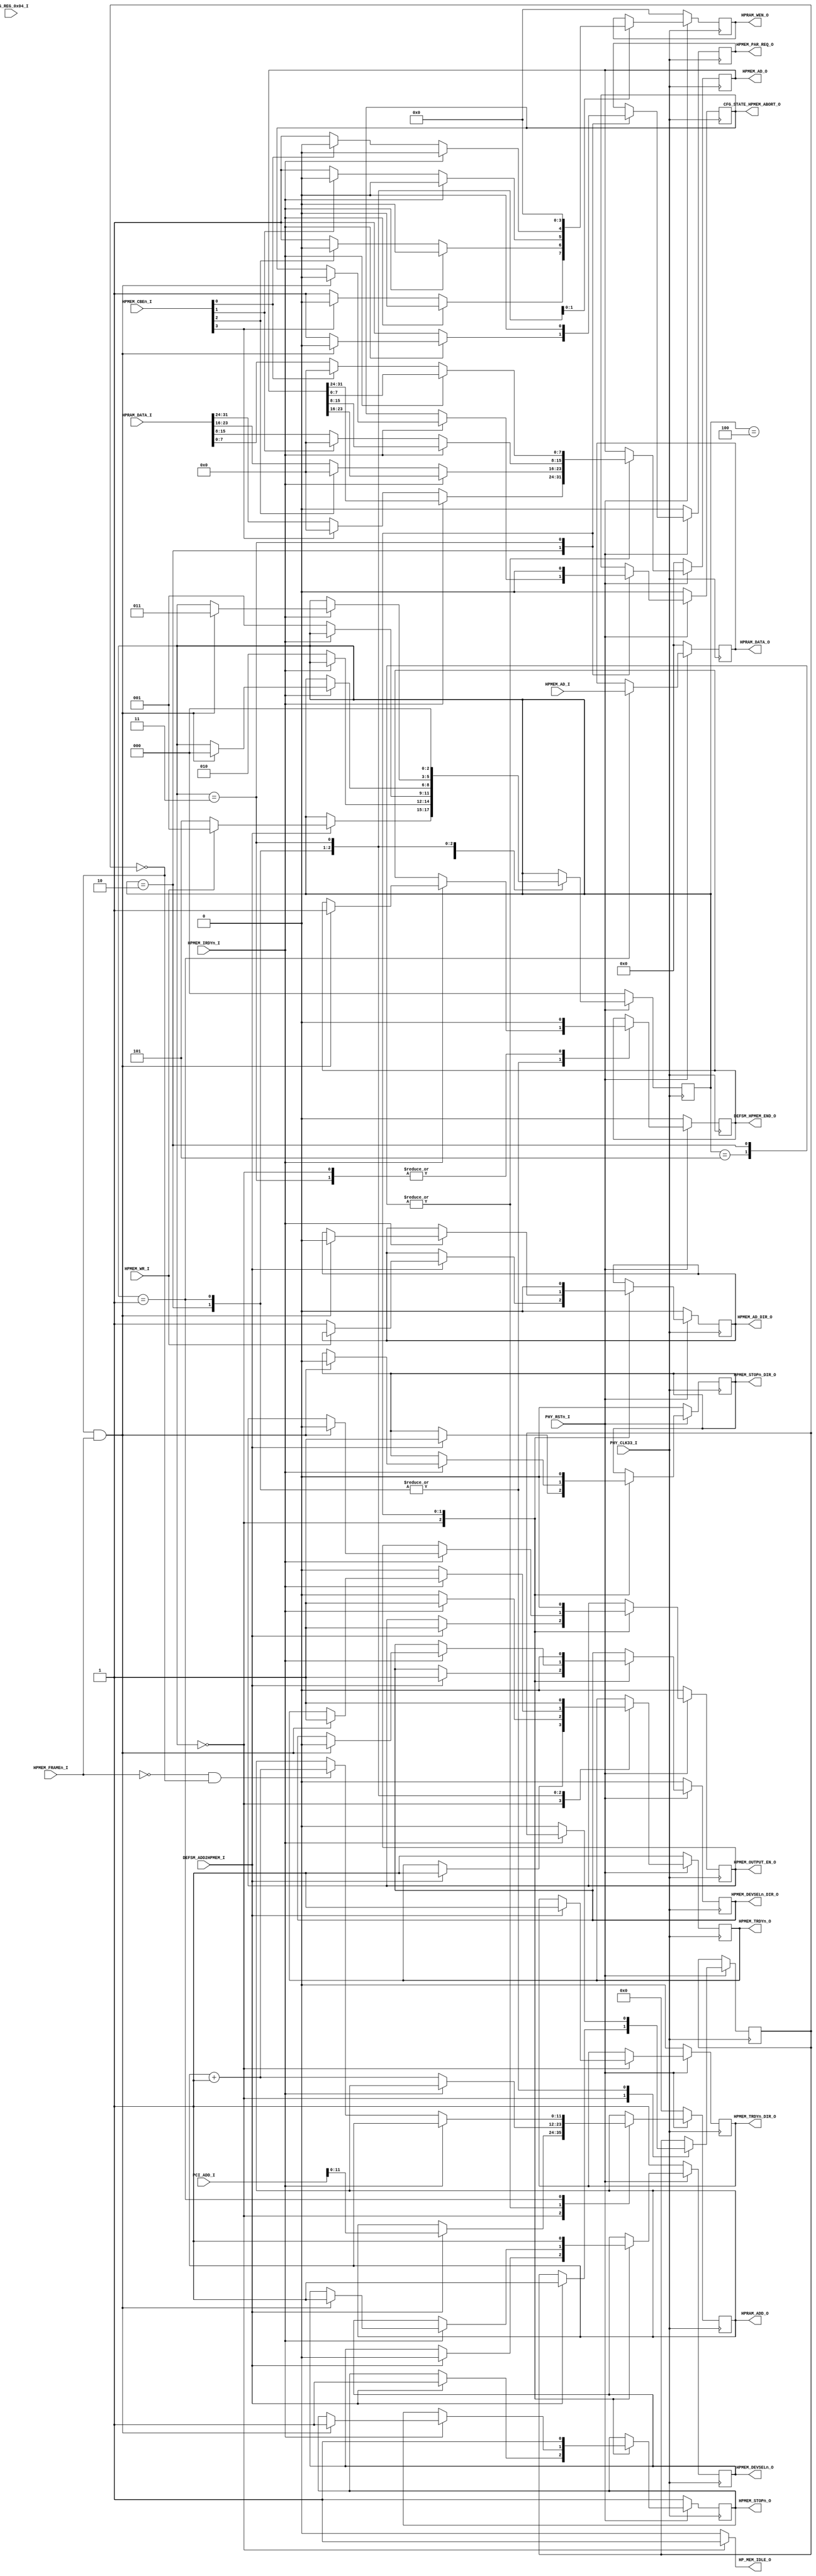
`timescale 1ns / 1ps
//////////////////////////////////////////////////////////////////////////////////
// Company: 
// 
// Design Name: 
// Module Name: PCI_DEFSM_HPMEM_MNG
// Project Name: 
// Target Devices: 
// Tool Versions: 
// Description: 
// 
// Dependencies: 
// 
// Revision:
// Revision 0.01 - File Created
// Additional Comments:
// 
//////////////////////////////////////////////////////////////////////////////////


module PCI_DEFSM_HPMEM_MNG(
	input PHY_CLK33_I,
	input PHY_RSTn_I,
	

	output reg DEFSM_HPMEM_END_O = 0,
	input      HPMEM_WR_I,
	input      DEFSM_ADD2HPMEM_I,
	output reg HPMEM_OUTPUT_EN_O = 0,
	
	input [23:2] PCI_ADD_I,
	
	input [31:0] CFG_REG_0x04_I,
	output reg CFG_STATE_HPMEM_ABORT_O = 0,
	
	output reg HPMEM_PAR_REQ_O = 0,
	
	input  HPMEM_FRAMEn_I,
	input  HPMEM_IRDYn_I,
	
	output reg   HPMEM_TRDYn_O = 1,
	output reg   HPMEM_TRDYn_DIR_O = 0,
	output reg   HPMEM_DEVSELn_O = 1,
	output reg   HPMEM_DEVSELn_DIR_O = 0,
	output reg   HPMEM_STOPn_O = 1 ,
	output reg   HPMEM_STOPn_DIR_O = 0,

	

	output reg  [31:0]  HPMEM_AD_O = 0,
	output reg          HPMEM_AD_DIR_O = 0,
	input [31:0]        HPMEM_AD_I,
	
	input [3:0]         HPMEM_CBEn_I,
	
	output HP_MEM_IDLE_O,
	//HPRAM INTERFACE
	
	input [31:0] HPRAM_DATA_I,
	output reg [31:0] HPRAM_DATA_O = 0,
	output reg [11:0] HPRAM_ADD_O = 0,
	output reg [3:0]  HPRAM_WEN_O = 0
	

	
    );
	

	
	localparam READY       = 0;
	localparam WRITE       = 1;
	localparam READ        = 2;
	localparam TERMINATE   = 3;
	localparam WAITE_WRITE = 4;
	localparam WAITE_READ  = 5;
	
	reg [2:0] HPMEM_STATE = READY;
	reg [31:0] prv_data = 0;
	reg FIRST = 1;
   
  /* localparam RAM_WIDTH = 32;
   localparam RAM_ADDR_BITS = 12;
	
	//(* RAM_STYLE="{auto | block |  block_power1 | block_power2}" *)
	(* RAM_STYLE="{BLOCK}" *)
   reg [31:0] HPRAM [(2**8)-1:0];
   reg [7:0] HRAM_ADD = 0;*/
	
	assign HP_MEM_IDLE_O = (HPMEM_STATE == READY) ? 1'b1 : 1'b0;

	always @(posedge PHY_CLK33_I)
		if (PHY_RSTn_I == 0)
			begin

				HPMEM_TRDYn_O = 1;
				HPMEM_TRDYn_DIR_O = 0;
				HPMEM_DEVSELn_O = 1;
				HPMEM_DEVSELn_DIR_O = 0;
				HPMEM_STOPn_O = 1;
				HPMEM_STOPn_DIR_O = 0;
				
				HPMEM_AD_O = 0;
				HPMEM_AD_DIR_O = 0;

				DEFSM_HPMEM_END_O = 0;
				HPMEM_OUTPUT_EN_O = 0;
				
				CFG_STATE_HPMEM_ABORT_O = 0;
				
				HPMEM_PAR_REQ_O = 0;
				HPRAM_WEN_O = 0;
				HPRAM_ADD_O = 0;				
				HPRAM_DATA_O = 0;	
				
				

				HPMEM_STATE = READY;				

				
			end
		else
			begin
				case (HPMEM_STATE)
					READY :
						begin
						DEFSM_HPMEM_END_O = 0;
							if (DEFSM_ADD2HPMEM_I == 1)
								begin
									HPMEM_OUTPUT_EN_O = 1;
									HPMEM_DEVSELn_O = 0;
									HPMEM_TRDYn_DIR_O = 1;
									HPMEM_DEVSELn_DIR_O = 1;
									HPMEM_STOPn_DIR_O = 1;
									HPMEM_STOPn_O = 1;
									HPMEM_TRDYn_O = 1;		
									HPRAM_ADD_O[11:0] = PCI_ADD_I[13:2];
									FIRST = 1;
									if (HPMEM_WR_I == 0) //read cycle
										begin
											HPMEM_AD_DIR_O = 1; //bus turn around	
											HPMEM_STATE = WAITE_READ;
										end
									else	//WRITE CYCLE
										begin
										HPMEM_STATE = WRITE;
										end
								end
						end
					WAITE_READ :
					if (HPMEM_IRDYn_I == 0)
						begin
							
							HPMEM_STATE = READ;
							HPRAM_ADD_O = HPRAM_ADD_O + 1;
							HPMEM_AD_O[31:24] = HPMEM_CBEn_I[3] == 0 ? HPRAM_DATA_I[31:24] : 8'h00;
							HPMEM_AD_O[23:16] = HPMEM_CBEn_I[2] == 0 ? HPRAM_DATA_I[23:16] : 8'h00;
							HPMEM_AD_O[15:8]  = HPMEM_CBEn_I[1] == 0 ? HPRAM_DATA_I[15:8]  : 8'h00;
							HPMEM_AD_O[7:0]   = HPMEM_CBEn_I[0] == 0 ? HPRAM_DATA_I[7:0]   : 8'h00;
							
						end
					WAITE_WRITE :
						if (HPMEM_IRDYn_I == 0)
							begin
								HPMEM_STATE = WRITE;	
							end
					READ :
						begin
							
							if (HPMEM_IRDYn_I == 0)
								begin
								
									HPRAM_ADD_O = HPRAM_ADD_O + 1;
									HPMEM_AD_O[31:24] = HPMEM_CBEn_I[3] == 0 ? HPRAM_DATA_I[31:24] : 8'h00;
									HPMEM_AD_O[23:16] = HPMEM_CBEn_I[2] == 0 ? HPRAM_DATA_I[23:16] : 8'h00;
									HPMEM_AD_O[15:8]  = HPMEM_CBEn_I[1] == 0 ? HPRAM_DATA_I[15:8]  : 8'h00;
									HPMEM_AD_O[7:0]   = HPMEM_CBEn_I[0] == 0 ? HPRAM_DATA_I[7:0]   : 8'h00;
									
									
									HPMEM_TRDYn_O = 0;
									//HPMEM_STOPn_O = 0;
									HPMEM_PAR_REQ_O = 1;
									
									
										
									FIRST = 0;
								end
							else if (FIRST == 0 && HPMEM_FRAMEn_I == 1)
									begin
										//HPMEM_STATE = TERMINATE;
										HPMEM_AD_DIR_O = 0;
										HPMEM_PAR_REQ_O = 0;
										HPMEM_TRDYn_O = 1;	
										//HPMEM_STOPn_O = 1;										
										DEFSM_HPMEM_END_O = 1;
										
										
										HPMEM_OUTPUT_EN_O = 0;
										CFG_STATE_HPMEM_ABORT_O = 0;
										HPMEM_STATE = READY;
										HPMEM_DEVSELn_O = 1;
										HPMEM_DEVSELn_DIR_O = 0;
										HPMEM_STOPn_O = 1;
										HPMEM_STOPn_DIR_O = 0;		
									end
							else 
							begin
								HPMEM_TRDYn_O = 1;
								HPMEM_PAR_REQ_O = 1;
							end
						end
					WRITE :
						begin
								HPRAM_DATA_O = HPMEM_AD_I;
							if (HPMEM_IRDYn_I == 0)
								begin
									if (HPMEM_CBEn_I[3] == 0)
										begin
											HPRAM_WEN_O[3] = 1;
										end
									else
										HPRAM_WEN_O[3] = 0;
										
									if (HPMEM_CBEn_I[2] == 0)
										begin
											HPRAM_WEN_O[2] = 1;
										end
									else
										HPRAM_WEN_O[2] = 0;
										
									if (HPMEM_CBEn_I[1] == 0)
										begin
											HPRAM_WEN_O[1] = 1;
										end
									else	
										HPRAM_WEN_O[1] = 0;
										
									if (HPMEM_CBEn_I[0] == 0)
										begin 
											HPRAM_WEN_O[0] = 1;
										end
									else
										HPRAM_WEN_O[0] = 0;
									HPMEM_TRDYn_O = 0;
									//HPMEM_STOPn_O = 0;
									
									if (HPMEM_FRAMEn_I == 0 && FIRST == 0)
										begin
											HPRAM_ADD_O = HPRAM_ADD_O + 1;
										end
									FIRST = 0;
								end	
							else if (FIRST == 0 && HPMEM_FRAMEn_I == 1)
								begin
									HPMEM_STATE = TERMINATE;
									HPMEM_TRDYn_O = 1;
									DEFSM_HPMEM_END_O = 1;
									HPRAM_WEN_O = 0;
								end
							else
								HPRAM_WEN_O = 0;
						
						end
					TERMINATE :
						begin
							HPMEM_OUTPUT_EN_O = 0;
							CFG_STATE_HPMEM_ABORT_O = 0;
							HPRAM_WEN_O = 0;
							HPMEM_STATE = READY;
							HPMEM_DEVSELn_O = 1;
							HPMEM_DEVSELn_DIR_O = 0;
							HPMEM_TRDYn_O = 1;
							HPMEM_AD_DIR_O = 0;
							HPMEM_STOPn_O = 1;
							HPMEM_STOPn_DIR_O = 0;
							HPMEM_PAR_REQ_O = 0;
							DEFSM_HPMEM_END_O = 0;
							
							
						end	

				endcase			
			end
endmodule